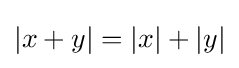
|x+y|=|x|+|y|